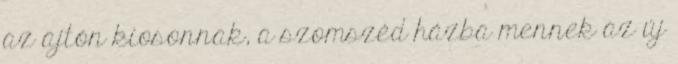
az ajtón kiosonnak, a szomszéd házba mennek az új